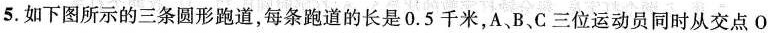
5.如下图所示的三条圆形跑道，每条跑道的长是0.5千米，A、B、C三位运动员同时从交点O